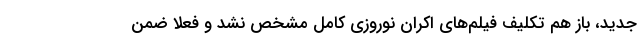
جدید، باز هم تکلیف فیلم‌های اکران نوروزی کامل مشخص نشد و فعلا ضمن